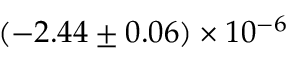
( - 2 . 4 4 \pm 0 . 0 6 ) \times 1 0 ^ { - 6 }